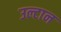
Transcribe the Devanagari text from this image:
उल्टान